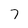
Character: 7